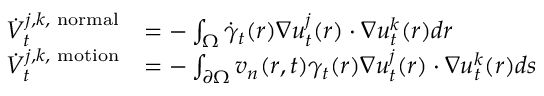
\begin{array} { r l } { \dot { V } _ { t } ^ { j , k , \mathrm { \scriptsize ~ n o r m a l } } } & { = - \int _ { \Omega } \dot { \gamma } _ { t } ( \boldsymbol r ) \nabla u _ { t } ^ { j } ( \boldsymbol r ) \cdot \nabla u _ { t } ^ { k } ( \boldsymbol r ) d \boldsymbol r } \\ { \dot { V } _ { t } ^ { j , k , \mathrm { \scriptsize ~ m o t i o n } } } & { = - \int _ { \partial \Omega } \boldsymbol v _ { n } ( \boldsymbol r , t ) \gamma _ { t } ( \boldsymbol r ) \nabla u _ { t } ^ { j } ( \boldsymbol r ) \cdot \nabla u _ { t } ^ { k } ( \boldsymbol r ) d s } \end{array}